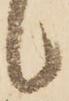
候